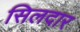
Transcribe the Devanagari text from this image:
सिलदार